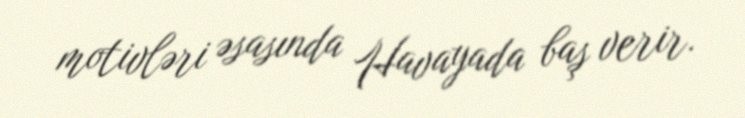
motivləri əsasında Havayada baş verir.